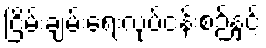
ငြိမ်းချမ်းရေးလုပ်ငန်းစဉ်နှင့်